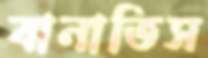
বানাতিস